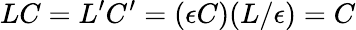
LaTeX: LC=L^{\prime}C^{\prime}=(\epsilon C)(L/\epsilon)=C